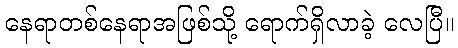
နေရာတစ်နေရာအဖြစ်သို့ ရောက်ရှိလာခဲ့ လေပြီ။